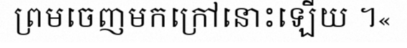
ព្រមចេញមកក្រៅនោះឡើយ ។«